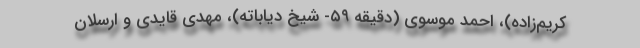
کریم‌زاده)، احمد موسوی (دقیقه ۵۹- شیخ دیاباته)، مهدی قایدی و ارسلان